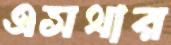
এসথার